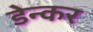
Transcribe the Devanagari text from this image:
डेन्कर